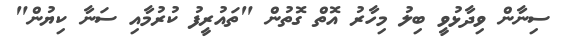
ސިނާން ވިދާޅުވީ ބިލު މިހާރު އޮތް ގޮތުން "ތައުރީފު ކުރުމާއި ސަނާ ކިޔުން"